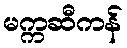
မက္ကဆီကန်